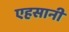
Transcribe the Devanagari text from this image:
एहसानी